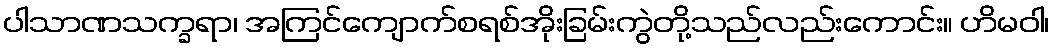
ပါသာဏသက္ခရာ၊ အကြင်ကျောက်စရစ်အိုးခြမ်းကွဲတို့သည်လည်းကောင်း။ ဟိမဝါ၊